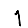
Digit: 1